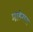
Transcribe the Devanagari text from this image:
माहेरास